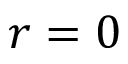
r = 0